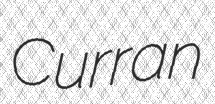
Curran